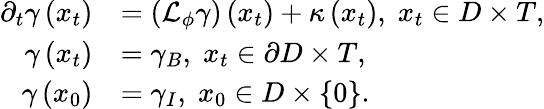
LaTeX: \begin{array}{rl}{\partial_{t}\gamma\left(x_{t}\right)}&{=\left(\mathcal{L}_{\phi}\gamma\right)\left(x_{t}\right)+\kappa\left(x_{t}\right),\; x_{t}\in D\times T,}\\ {\gamma\left(x_{t}\right)}&{=\gamma_{B},\; x_{t}\in\partial D\times T,}\\ {\gamma\left(x_{0}\right)}&{=\gamma_{I},\; x_{0}\in D\times\{ 0\} .}\end{array}